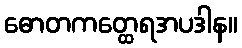
ဓောတကတ္ထေရအပဒါန။